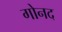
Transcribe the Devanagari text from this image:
गोनद